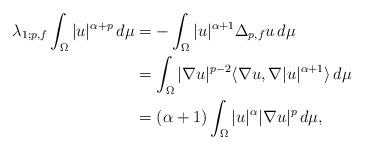
LaTeX: \begin{align*}\lambda_{1;p,f}\int_{\Omega}|u|^{\alpha+p}\,d\mu&=-\int_{\Omega}|u|^{\alpha+1}\Delta_{p,f} u\,d\mu\\&=\int_{\Omega}|\nabla u|^{p-2}\langle\nabla u,\nabla |u|^{\alpha+1}\rangle\,d\mu\\&=(\alpha+1)\int_{\Omega} |u|^{\alpha}|\nabla u|^{p} \,d\mu,\end{align*}